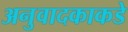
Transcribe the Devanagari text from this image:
अनुवादकाकडे